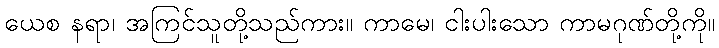
ယေစ နရာ၊ အကြင်သူတို့သည်ကား။ ကာမေ၊ ငါးပါးသော ကာမဂုဏ်တို့ကို။